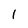
Character: 1